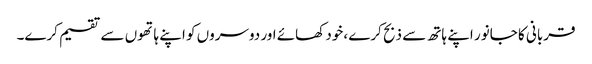
قربانی کا جانور اپنے ہاتھ سے ذبح کرے ،خود کھائے اور دوسروں کو اپنے ہاتھوں سے تقسیم کرے۔